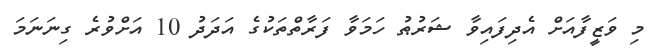
މި ވަޒީފާއަށް އެދިފައިވާ ޝަރުޠު ހަމަވާ ފަރާތްތަކުގެ އަދަދު 10 އަށްވުރެ ގިނަނަމަ